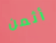
أثمن